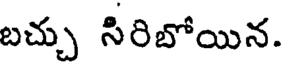
బచ్చు సిరిబోయిన.